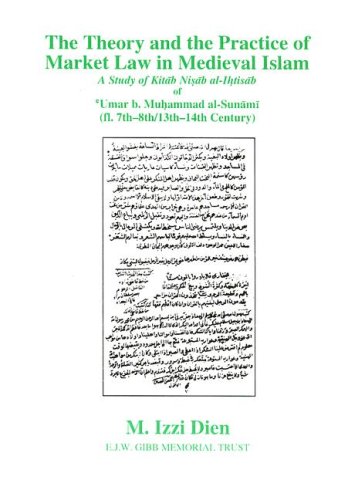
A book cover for Theory and Practice of Market Law in Medieval Islam; M. Izzi Dien; Religion & Spirituality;